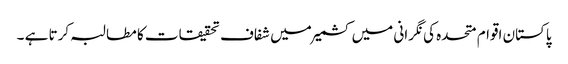
پاکستان اقوام متحدہ کی نگرانی میں کشمیر میں شفاف تحقیقات کا مطالبہ کرتا ہے ۔